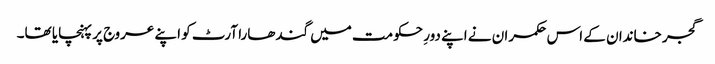
گجر خاندان کے اس حکمران نے اپنے دورِ حکومت میں گندھارا آرٹ کو اپنے عروج پر پہنچایا تھا۔